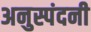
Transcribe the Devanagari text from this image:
अनुस्पंदनी